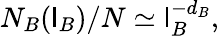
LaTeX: N_{B}(\mathsf{l}_{B})/N\simeq\mathsf{l}_{B}^{-d_{B}},